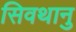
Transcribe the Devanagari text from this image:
सिवथानु